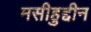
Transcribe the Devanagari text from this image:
मसीहुद्दीन